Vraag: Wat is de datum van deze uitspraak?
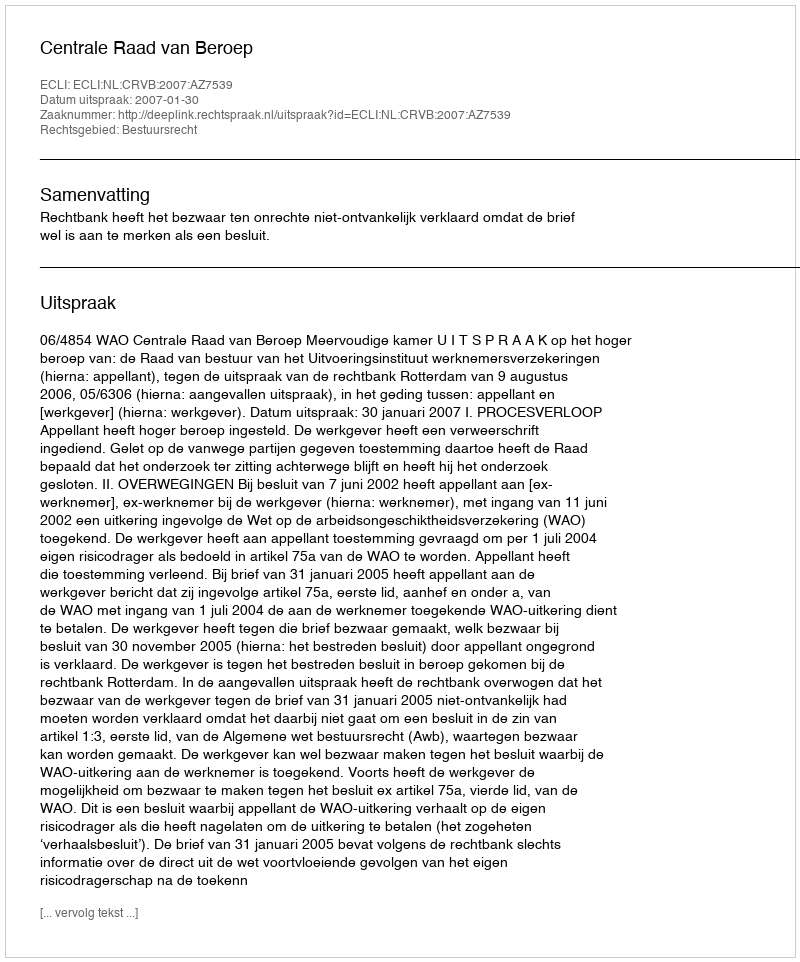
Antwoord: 2007-01-30